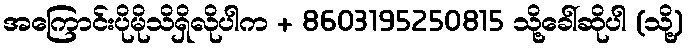
အကြောင်းပိုမိုသိရှိလိုပါက + 8603195250815 သို့ခေါ်ဆိုပါ (သို့)